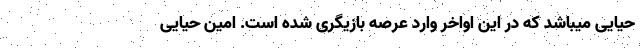
حیایی میباشد که در این اواخر وارد عرصه بازیگری شده است. امین حیایی